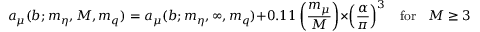
a _ { \mu } ( b ; m _ { \eta } , M , m _ { q } ) = a _ { \mu } ( b ; m _ { \eta } , \infty , m _ { q } ) + 0 . 1 1 \left( \frac { m _ { \mu } } { M } \right) \times \left( \frac { \alpha } { \pi } \right) ^ { 3 } \ \ \ \ \mathrm { f o r } \ \ \ \ M \ge 3 M _ { \rho } ,